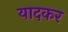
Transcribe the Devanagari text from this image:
यादकर